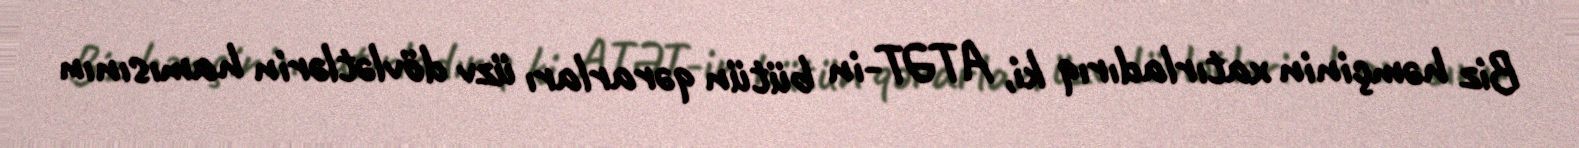
Biz həmçinin xatırladırıq ki, ATƏT-in bütün qərarları üzv dövlətlərin hamısının